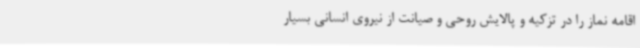
اقامه نماز را در تزکیه و پالایش روحی و صیانت از نیروی انسانی بسیار